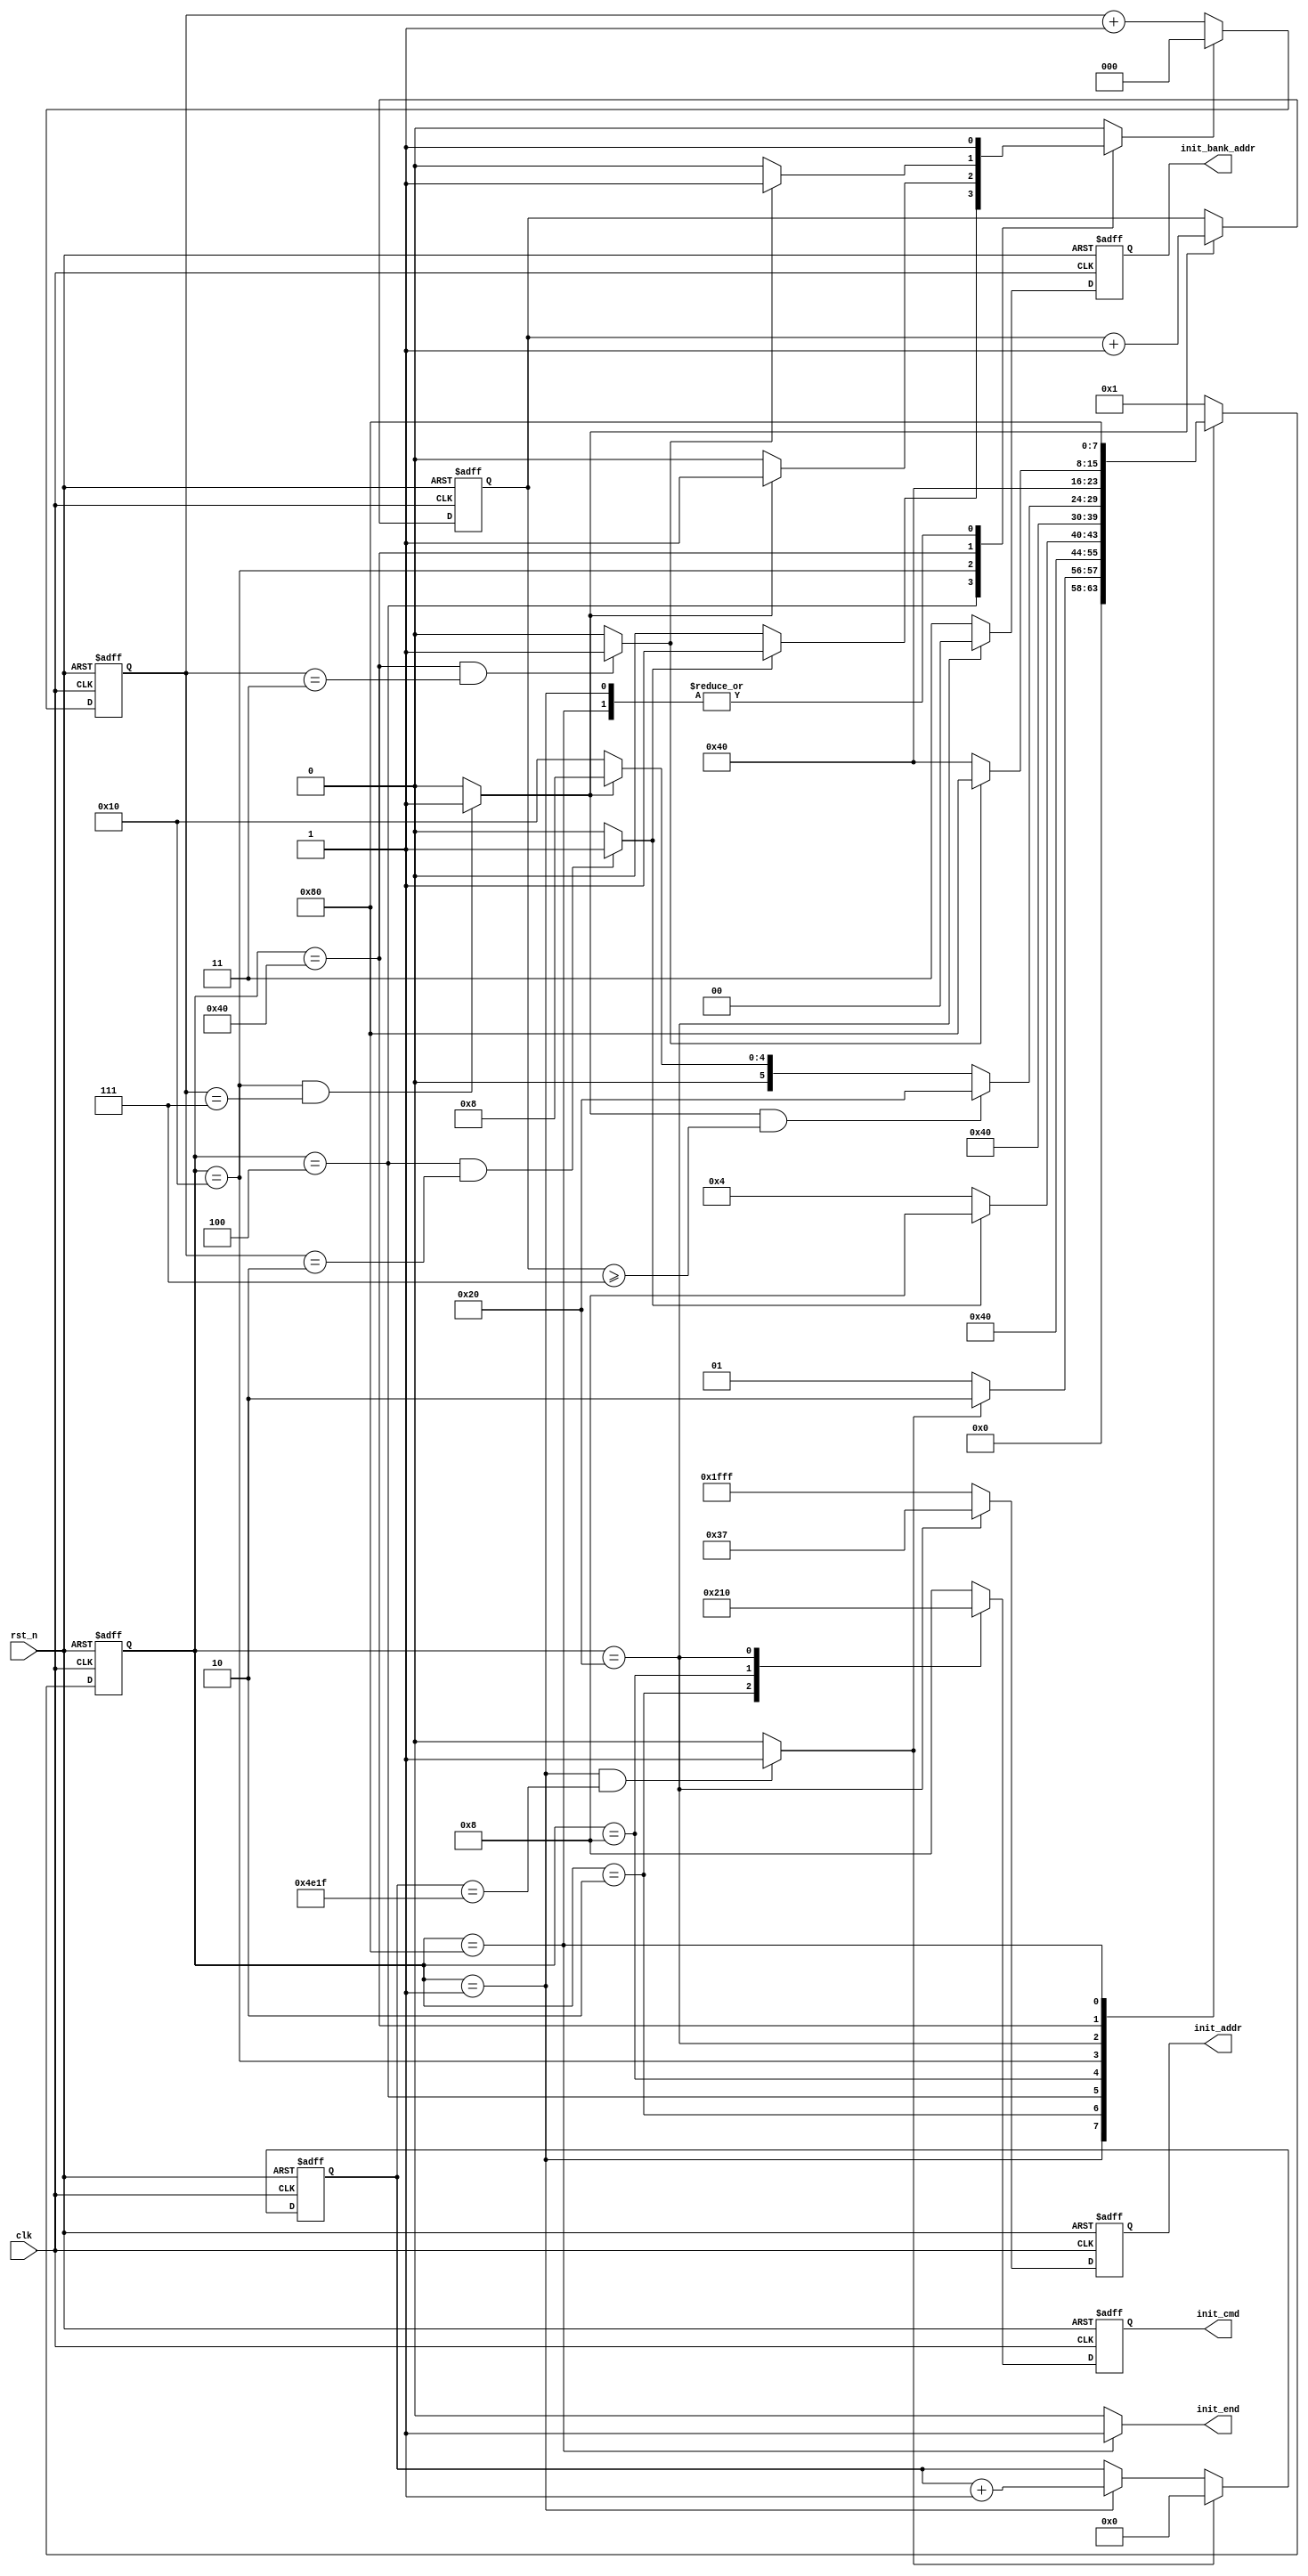
`timescale 1ns / 1ps
//////////////////////////////////////////////////////////////////////////////////
// Module Name: sdram_init
//////////////////////////////////////////////////////////////////////////////////
module sdram_init(
        input   wire        clk             ,
        input   wire        rst_n           ,
        output  reg [3:0]   init_cmd        ,
        output  reg [1:0]   init_bank_addr  ,
        output  wire        init_end        ,
        output  reg [12:0]  init_addr       
    );
    
    //
    reg [7:0]       state       ;
    reg [14:0]      cnt_200us   ; //200us

    reg [2:0]       cnt_clk     ;
    reg             cnt_clk_res ;
    wire            wait_end    ;
    wire            trp_end     ;
    wire            tmrd_end    ;
    wire            trfc_end    ;
    reg [2:0]       cnt_aref    ;
    
    
    //
    reg [7:0]       next_state  ;
    
    //
    parameter IDLE      = 8'b00000001, 
              PRE_CHARG = 8'b00000010,  //
              WAIT_TRP  = 8'b00000100,
              AUTO_REF  = 8'b00001000,  //
              WAIT_TRFC = 8'b00010000,
              MOD_REG   = 8'b00100000,  //
              WAIT_TMRD = 8'b01000000,
              INIT_END  = 8'b10000000;  //
              
    //
    parameter CNT_200U = 15'd19999   ,
              CNT_TRP  = 3'd2        ,
              CNT_TRFC = 3'd7        ,
              CNT_TMRD = 3'd3        ;
              
    //
    parameter NOP_CMD       = 4'b1000,
              PRE_CHARG_CMD = 4'b0010,
              AUTO_REF_CMD  = 4'b0001,
              MOD_REG_CMD   = 4'b0000;
    
    //
    parameter CAS           = 3'b011 ;
              
    //
    parameter MOD_ADDR      = {3'b0,1'b0,2'b0,CAS,1'b0,3'b111}  ; //
              
              
    //,
    //cnt_200us
    //200us
    always@(posedge clk or negedge rst_n) begin
        if(!rst_n) begin    
            cnt_200us <= 15'b0;
        end else if(wait_end) begin
            cnt_200us <= 15'b0;
        end else if(state == IDLE) begin
            cnt_200us <= cnt_200us + 15'd1;
        end else begin
            cnt_200us <= cnt_200us;
        end
    end
    
    
    //wait_end
    //200us
    assign wait_end = (state == IDLE && cnt_200us == CNT_200U)?1'b1:1'b0;
    
    //trp_end
    //Trp
    assign trp_end = (state == WAIT_TRP && cnt_clk == CNT_TRP)?1'b1:1'b0;
    
    //trfc_end
    assign trfc_end = (state == WAIT_TRFC && cnt_clk == CNT_TRFC)?1'b1:1'b0;
    
    //tmrd_end
    assign tmrd_end = (state == WAIT_TMRD && cnt_clk == CNT_TMRD)?1'b1:1'b0;
    
    
    //cnt_clk_res
    //cnt_clk,
    always@(*) begin
        case(state)
            IDLE: begin
                cnt_clk_res = 1'b1;
            end
            WAIT_TRP: begin
                if(trp_end) begin
                    cnt_clk_res = 1'b1;
                end else begin
                    cnt_clk_res = 1'b0;
                end
            end
            WAIT_TRFC: begin
                if(trfc_end) begin
                    cnt_clk_res = 1'b1;
                end else begin
                    cnt_clk_res = 1'b0;
                end
            end   
            WAIT_TMRD: begin
                if(tmrd_end) begin
                    cnt_clk_res = 1'b1;
                end else begin
                    cnt_clk_res = 1'b0;
                end
            end      
            INIT_END: begin
                cnt_clk_res = 1'b1;
            end 
            default: begin
                cnt_clk_res = 1'b0;
            end        
        endcase
    end
    
/*     always@(*) begin
        case(state)
            IDLE, INIT_END: begin
                cnt_clk_res = 1'b1;
            end
            PRE_CHARG, WAIT_TRP, AUTO_REF, WAIT_TRFC, MOD_REG, WAIT_TMRD: begin
                cnt_clk_res = tmrd_end | trfc_end | trp_end;
            end
            default: begin
                cnt_clk_res = 1'b1;
            end
        endcase
    end */
    
    //
    //cnt_clk
    always@(posedge clk or negedge rst_n) begin
        if(!rst_n) begin
            cnt_clk <= 3'd0;
        end else if(cnt_clk_res) begin
            cnt_clk <= 3'd0;
        end else begin
            cnt_clk <= cnt_clk + 3'd1;
        end
    end
    
    //,SDRAM
    //cnt_aref
    always@(posedge clk or negedge rst_n) begin
        if(!rst_n) begin
            cnt_aref <= 3'd0;
        end else if(trfc_end) begin
            cnt_aref <= cnt_aref + 3'd1;
        end else begin
            cnt_aref <= cnt_aref;
        end
    end
    
    
    //
    always@(posedge clk or negedge rst_n) begin
        if(!rst_n) begin
            state <= IDLE;
        end else begin
            state <= next_state;
        end
    end
    
    //
    //next_state
    always@(*) begin
        case(state)
            IDLE: begin
                if(wait_end) begin  //200us
                    next_state = PRE_CHARG;
                end else begin
                    next_state = IDLE;
                end
            end
            PRE_CHARG: begin
                next_state = WAIT_TRP;
            end
            WAIT_TRP: begin
                if(trp_end) begin  //Trp
                    next_state = AUTO_REF;
                end else begin
                    next_state = WAIT_TRP;
                end
            end
            AUTO_REF: begin
                next_state = WAIT_TRFC;
            end
            WAIT_TRFC: begin
                if(trfc_end && cnt_aref >= 3'd7) begin //Trfc,
                    next_state = MOD_REG;
                end else if(trfc_end) begin ////Trfc,
                    next_state = AUTO_REF;
                end else begin
                    next_state = WAIT_TRFC;
                end
            end
            MOD_REG: begin
                next_state = WAIT_TMRD;
            end
            WAIT_TMRD: begin
                if(tmrd_end) begin  //Tmrd
                    next_state = INIT_END;
                end else begin
                    next_state = WAIT_TMRD;
                end
            end
            INIT_END: begin
                next_state = INIT_END;  //, 
            end
            default: begin
                next_state = IDLE;
            end
        endcase
    end //always end
    
    //
    //init_cmd
    always@(posedge clk or negedge rst_n) begin
        if(!rst_n) begin
            init_cmd <= NOP_CMD;
        end else case(state) 
            PRE_CHARG: begin  
                init_cmd <= PRE_CHARG_CMD;//
            end
            AUTO_REF: begin
                init_cmd <= AUTO_REF_CMD;//
            end
            MOD_REG: begin
                init_cmd <= MOD_REG_CMD; //
            end
            default: begin
                init_cmd <= NOP_CMD;     //
            end
        endcase
    
    end
    
    //init_bank_addr
    always@(posedge clk or negedge rst_n) begin
        if(!rst_n) begin
            init_bank_addr <= 2'b11;
        end else if(state == MOD_REG) begin //bank00
            init_bank_addr <= 2'b00;
        end else begin
            init_bank_addr <= 2'b11;
        end
    end
    
    //, init,
    //init_addr
    always@(posedge clk or negedge rst_n) begin
        if(!rst_n) begin
            init_addr <= 13'h1fff; //,bank
        end else if(state == MOD_REG) begin
            init_addr <= MOD_ADDR;
        end else begin
            init_addr <= 13'h1fff; //
        end
    end
    
    //
    //init_end
    assign init_end = (state == INIT_END)?1'b1:1'b0;
    
endmodule